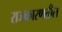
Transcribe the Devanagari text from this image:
राजकारणतील